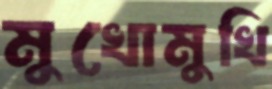
মুখোমুখি